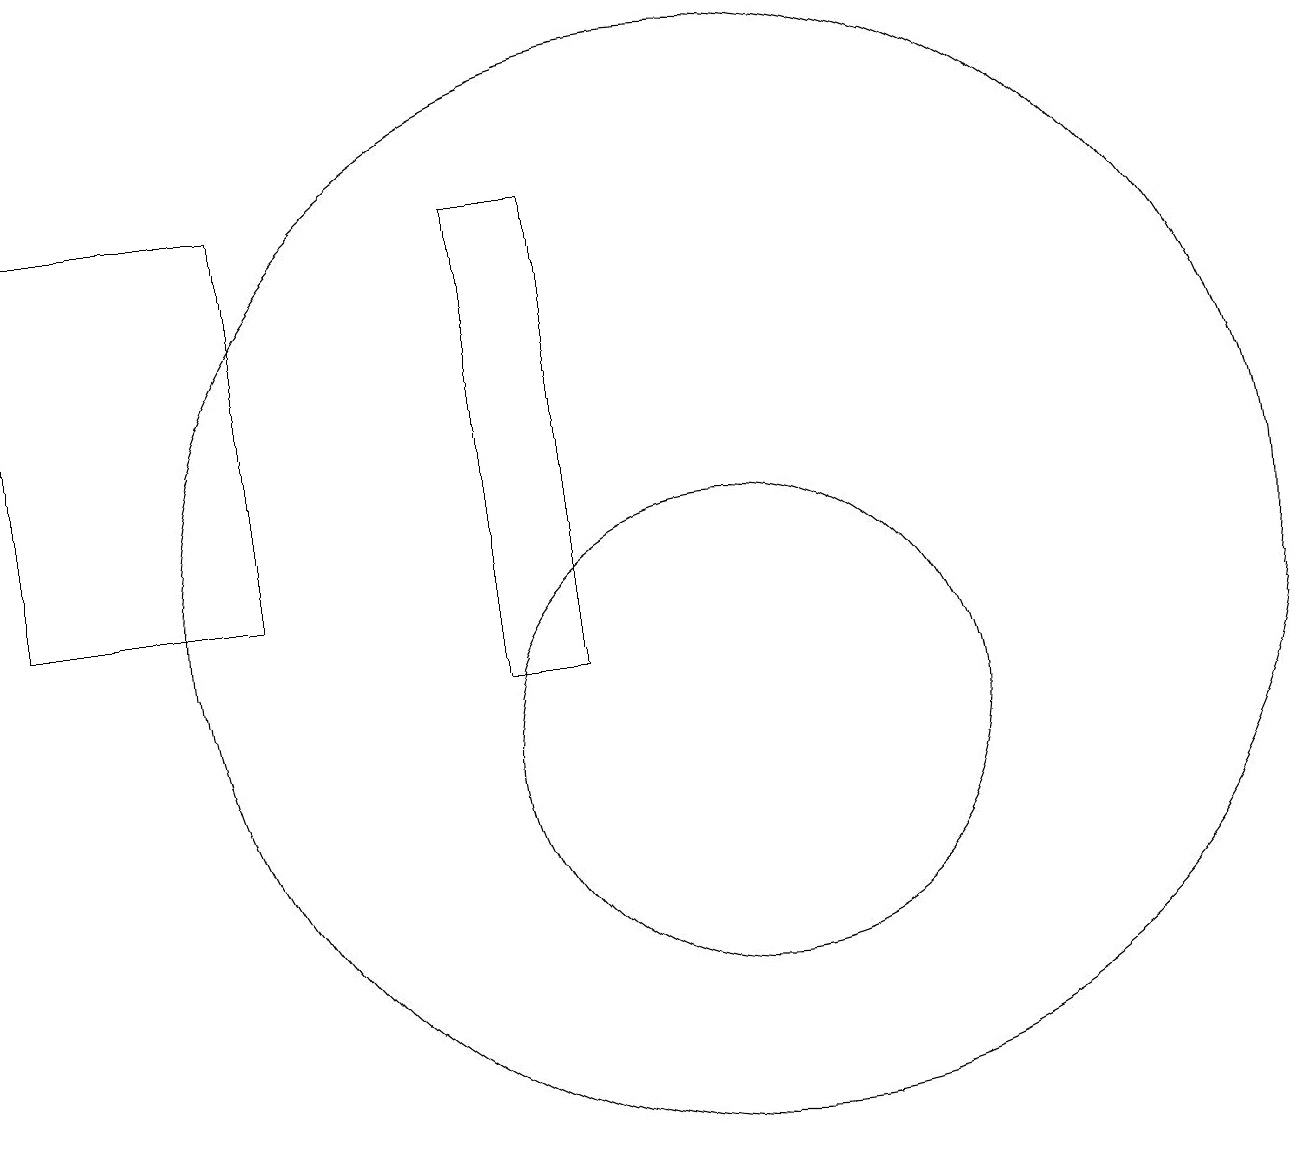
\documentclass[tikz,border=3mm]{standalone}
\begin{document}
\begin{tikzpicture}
\draw (11,10) circle (3);
\draw (2,17) rectangle (5,12);
\draw (11,12) circle (7);
\draw (9,11) rectangle (8,17);
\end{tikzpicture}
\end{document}